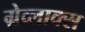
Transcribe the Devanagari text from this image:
ग्रेव्लाक्स